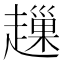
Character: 䟁